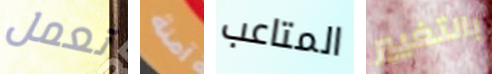
تعمل آمنة المتاعب بالتغيير